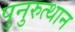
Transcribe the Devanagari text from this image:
पुनुरुत्थान